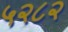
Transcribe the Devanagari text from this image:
५२८२